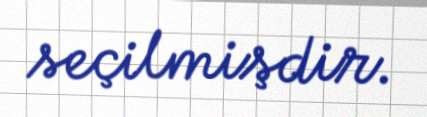
seçilmişdir.